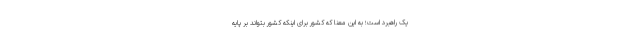
یک راهبرد است؛ به این معنا که کشور برای اینکه کشور بتواند بر پایه